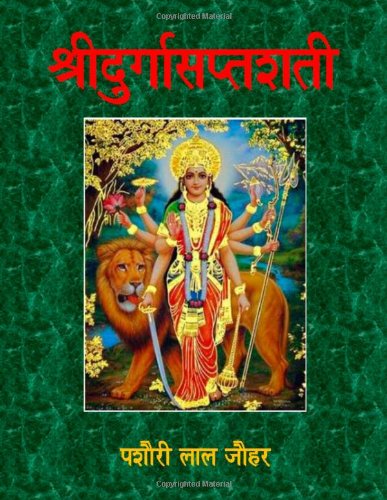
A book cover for Shri Durga Saptashati - In Poetry (Hindi Edition); Shri Pashauri Lal Jauhar; Religion & Spirituality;